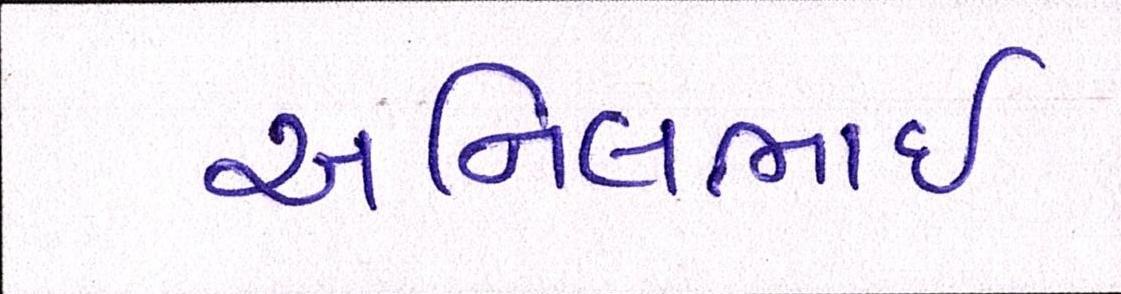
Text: અનિલભાઇ